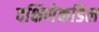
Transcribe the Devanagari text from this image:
दक्षिणेकडिल